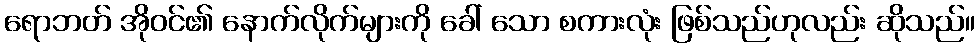
ရောဘတ် အိုဝင်၏ နောက်လိုက်များကို ခေါ် သော စကားလုံး ဖြစ်သည်ဟုလည်း ဆိုသည်။